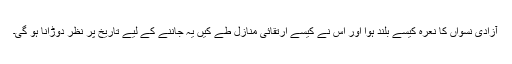
آزادی نسواں کا نعرہ کیسے بلند ہوا اور اس نے کیسے ارتقائی منازل طے کیں یہ جاننے کے لیے تاریخ پر نظر دوڑانا ہو گی۔